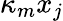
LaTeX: \kappa_{m}x_{j}